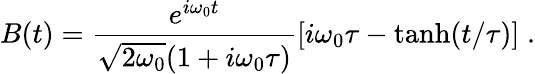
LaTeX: B(t)=\frac{{e}^{i\omega_{0}t}}{\sqrt{2\omega_{0}}(1+i\omega_{0}\tau)}\left[i\omega_{0}\tau-\operatorname{tanh}(t/\tau)\right]\; .